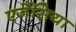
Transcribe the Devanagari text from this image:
एजेंसिया